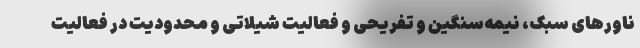
ناورهای سبک، نیمه‌سنگین و تفریحی و فعالیت شیلاتی و محدودیت در فعالیت